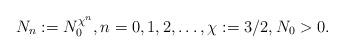
LaTeX: \begin{align*}N_n:=N_0^{\chi^n}, n=0, 1, 2, \dots, \chi:=3/2, N_0>0.\end{align*}